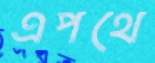
এপথে